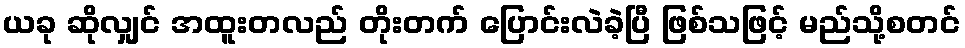
ယခု ဆိုလျှင် အထူးတလည် တိုးတက် ပြောင်းလဲခဲ့ပြီ ဖြစ်သဖြင့် မည်သို့စတင်